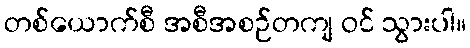
တစ်ယောက်စီ အစီအစဉ်တကျ ဝင် သွားပါ။